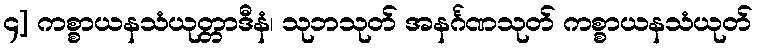
၄] ကစ္စာယနသံယုတ္တာဒီနံ၊ သုဘသုတ် အနင်္ဂဏသုတ် ကစ္စာယနသံယုတ်